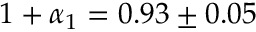
1 + \alpha _ { 1 } = 0 . 9 3 \pm 0 . 0 5